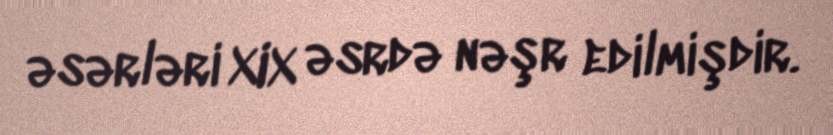
əsərləri XIX əsrdə nəşr edilmişdir.